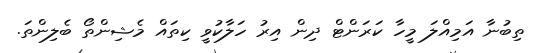
ތިބުނާ އަމިއްލަ މީހާ ކަރަންޓް ދިން އިރު ހަލާކުވީ ކިތައް މެޝިންތޯ ބެލިންތަ.